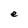
Character: e